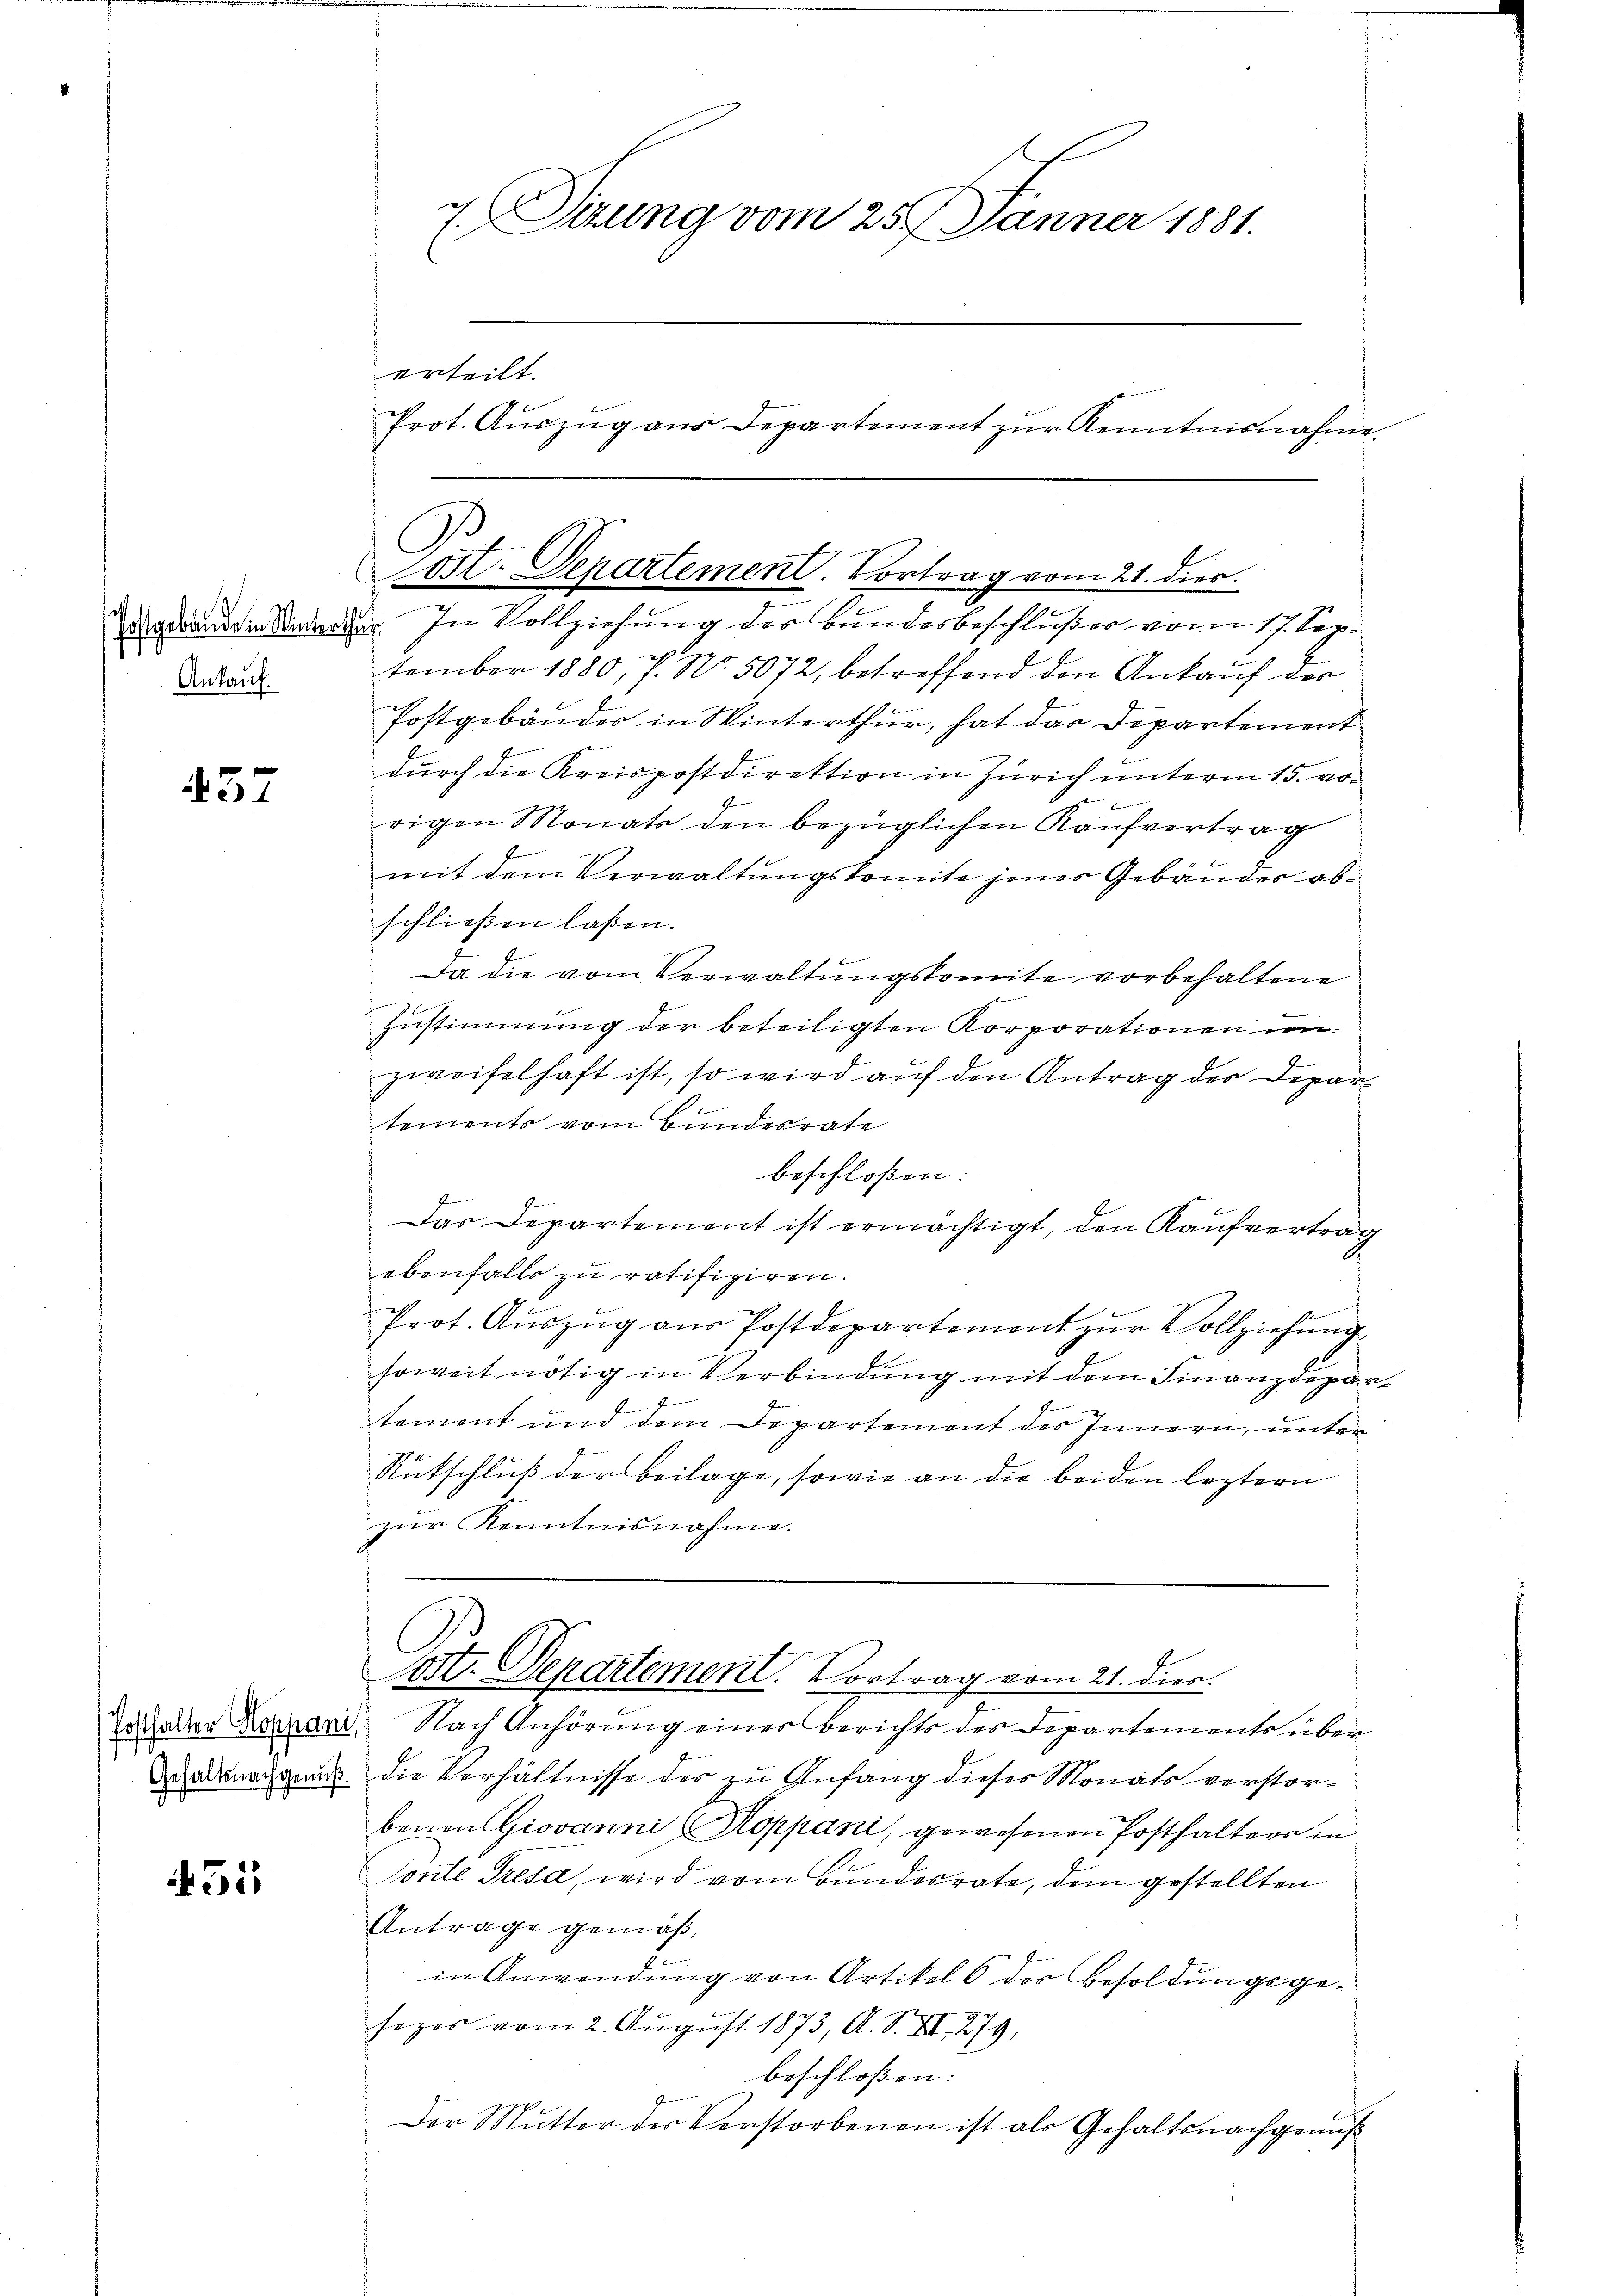
Ankauf.

457

431

7. Sitzung vom 25. Jänner 1881.
erteilt.
Prot. Aŭszŭg aŭs Departement zŭr Kenntnisnahme

Post. Departement. Vortrag vom 21. dies

derdrängen. In Vollziehung des Bundesbeschlußes vom 17. Sep.
tember 1880, 7. No. 5072, betreffend den Ankauf der
Postgebäudes in Winterthur, hat das Departement
durch die Kreispostdirektion in Zürich unterm 15. vo¬
.
rigen Monats den bezüglichen Kaufvertrag
mit dem Verwaltungskomite jener Gebäuder abschließen laßen.
Da die vom Verwaltungskomite vorbehaltene
Zustimmung der beteiligten Korporationen un-
zweifelhaft ist, so wird auf den Antrag der Departements vom Bundesrate
beschlossen:
Das Departement ist ermächtigt, den Kaufvertrag
ebenfalls zu ratifiziren.
Prot. Aŭszŭg aŭs Postdepartement zŭr Vollziehung
soweit nötig in Verbindung mit dem Finanzdepartement und dem Departement des Innern, unter
Rutschluß der Beilage, sowie an die beiden leztern
zŭr Kenntnisnahme.

Spt. Departement. Vortrag vom 21. dies.

Tothalter Koppani Nach Anhörung einer berichts der Departements über
arnach und die Verhältnisse des zu Anfang dieses Monats verstorbenen Giovanni (Soppani, gewesenen Posthaltern in
sonte Tresa, wird vom Bundesrate, dem gestellten
Antrage gemäß,
in Anwendung von Artikel 6 der Besoldungsgesezes vom 2. August 1873, A. S. XII 279,
beschloßen:
Der Mutter des Verstorbenen ist als Gehaltsnachgenuß